King Institute of Preventive Medicine Micro-Biological Section reports 1909-11
Year: 1909
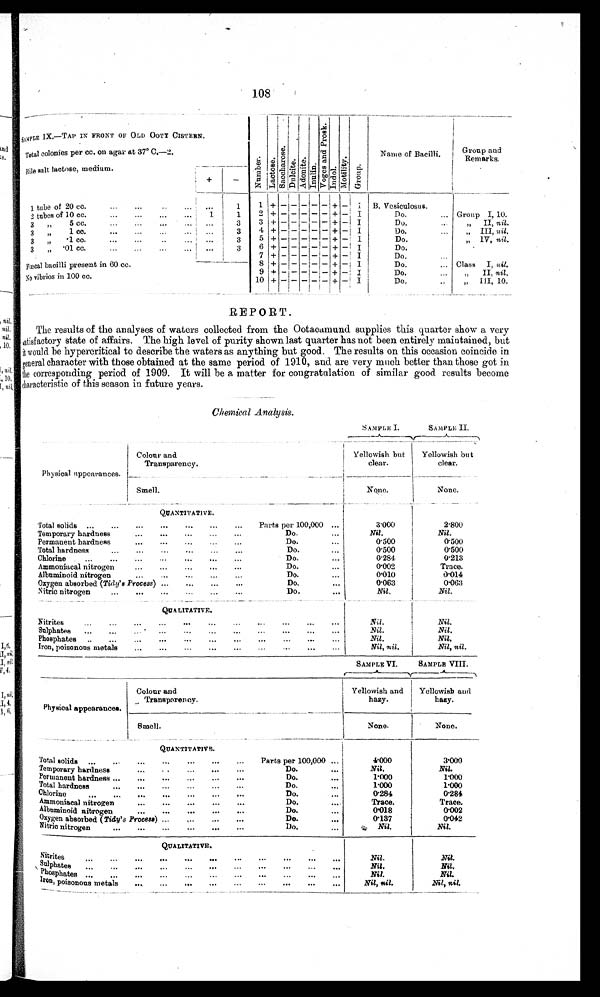
108
S A M P L E I X . —T A P I N F R O N T O F O L D O O T Y C I S T E R N .
NumberLactoseSAc c h o r o s eDulciteAdonitelnulin Ve o g e a n d P r o s k InulinMot i vi t yGroup
Name of Bacilli.
Group and
Remarks.
Total colonies per cc. on agar at 37° C.-2.
Bile salt lactose, medium.
+
-
1 tube of 20cc.
1
1
+
-
- - -
- + - I B. Vesiculosus.
2 tubes of 10cc.
1
1
2
+
- -
-
-
- + - I
Do.
Group I, 10.
3„ 5cc.
3
3 +
-
-
-
- - + - I
Do.
„ II, nil.
3„ 1cc.
3
4 +
-
-
- -
- + - I
Do.
„ III, nil,
3„ 1cc.
3
5 +
-
-
-
- -
+
- I
Do.
„ IV, nil.
3„ ·01cc.
3
6
+
- - - -
-
+ - I
Do.
7
+
-
- - -
-
+ - I
Do.
8
+
-
-
-
-
-
+ - I
Do.
Class I, nil.
Foecal bacilli present in 60 cc.
9 +
- -
-
-
-
+ - I
Do.
„ II, nil.
No vibrios in 100 cc.
10
+
-
- - - -
+ - I
Do.
„ III, 10
REPORT.
The results of the analyses of waters collected from the Ootacamund supplies this quarter show a very
satisfactory state of affairs. The high level of purity shown last quarter has not been entirely maintained, but
it would be hypercritical to describe the waters as anything but good. The results on this occasion coincide in
general character with those obtained at the same period of 1910, and are very much better than those got in
the corresponding period of 1909. It will be a matter for congratulation of similar good results become
dlaracteristic of this season in future years.
Chemical Analysis.
SAMPLE I.
SAMPLE II.
Colour and
Transparency.
Yellowish but
clear.
Yellowish but
clear.
Physical appearances.
Smell.
None.
None.
QUANTITATIVE.
Total solids
Parts per 100,000
3·000
2·800
Temporary hardness
Do.
Nil.
Nil.
Permanent hardness
Do.
0.500
0.500
Total hardness
Do.
0.500
0.500
Chlorine
Do.
0.284
0.213
Ammoniacal nitrogen
Do.
0.002
Trace.
Albuminoid nitrogen
Do.
0.010
0.014
Oxygen absorbed (Tichl 8 Process)
Do
0.063
0.063
Nitric nitrogen
Do.
Nil.
Nil.
QUALITATIVE.
Nitrites
Nil.
Nil.
Sulphates
Nil.
Nil.
Phosphates
Nil.
Nil.
Iron, poisonous metals
Nil, nil.
Nil, nil.
SAMPLE VI.
SAMPLE VIII.
Physical appearances.
Colour and
Transparency.
Yellowish and
hazy.
Yellowish and
hazy.
Smell.
None.
None.
QUANTITATIVS.
Total solids
Parts per 100,000.
4·000
3·000
Temporary hardness
Do.
Nil
Nil.
Permanent hardness
Do.
1.000
1.000
Total hardness
Do.
1.000
1.000
Chlorine
Do.
0.284
0.281
Ammoniacal nitrogen
Do.
Trace.
Trace.
Albuminoid nitrogen
Do.
0.018
0.002
Oxygen absorbed (Tidy's Process)
Do.
0.187
0.042
Nitric nitrogen
Do.
Nil.
Nil.
QUALITATIVE.
Nitrites
Nil. Nil.
Sulphates
Nil.
Nil.
Phosphates
Nil.
Nil.
Iron,poisonous metal
Nil.
nil
Nil.nil